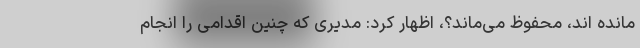
مانده اند، محفوظ می‌ماند؟، اظهار کرد: مدیری که چنین اقدامی را انجام